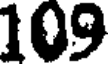
109